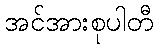
အင်အားစုပါတီ